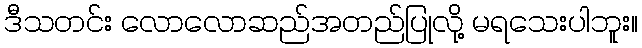
ဒီသတင်း လောလောဆည်အတည်ပြုလို့ မရသေးပါဘူး။